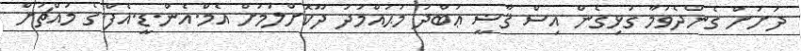
ދަށަށް ގެންދެވުމާ ގުޅިގެން އިސް ޤާޟީ ޢަބްދު މުޙައްމަދު ދޫކޮށްލުމަށް އެމް.އެން.ޑީ.އެފް.ގެ މައްޗަށް